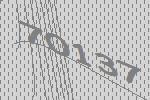
70137